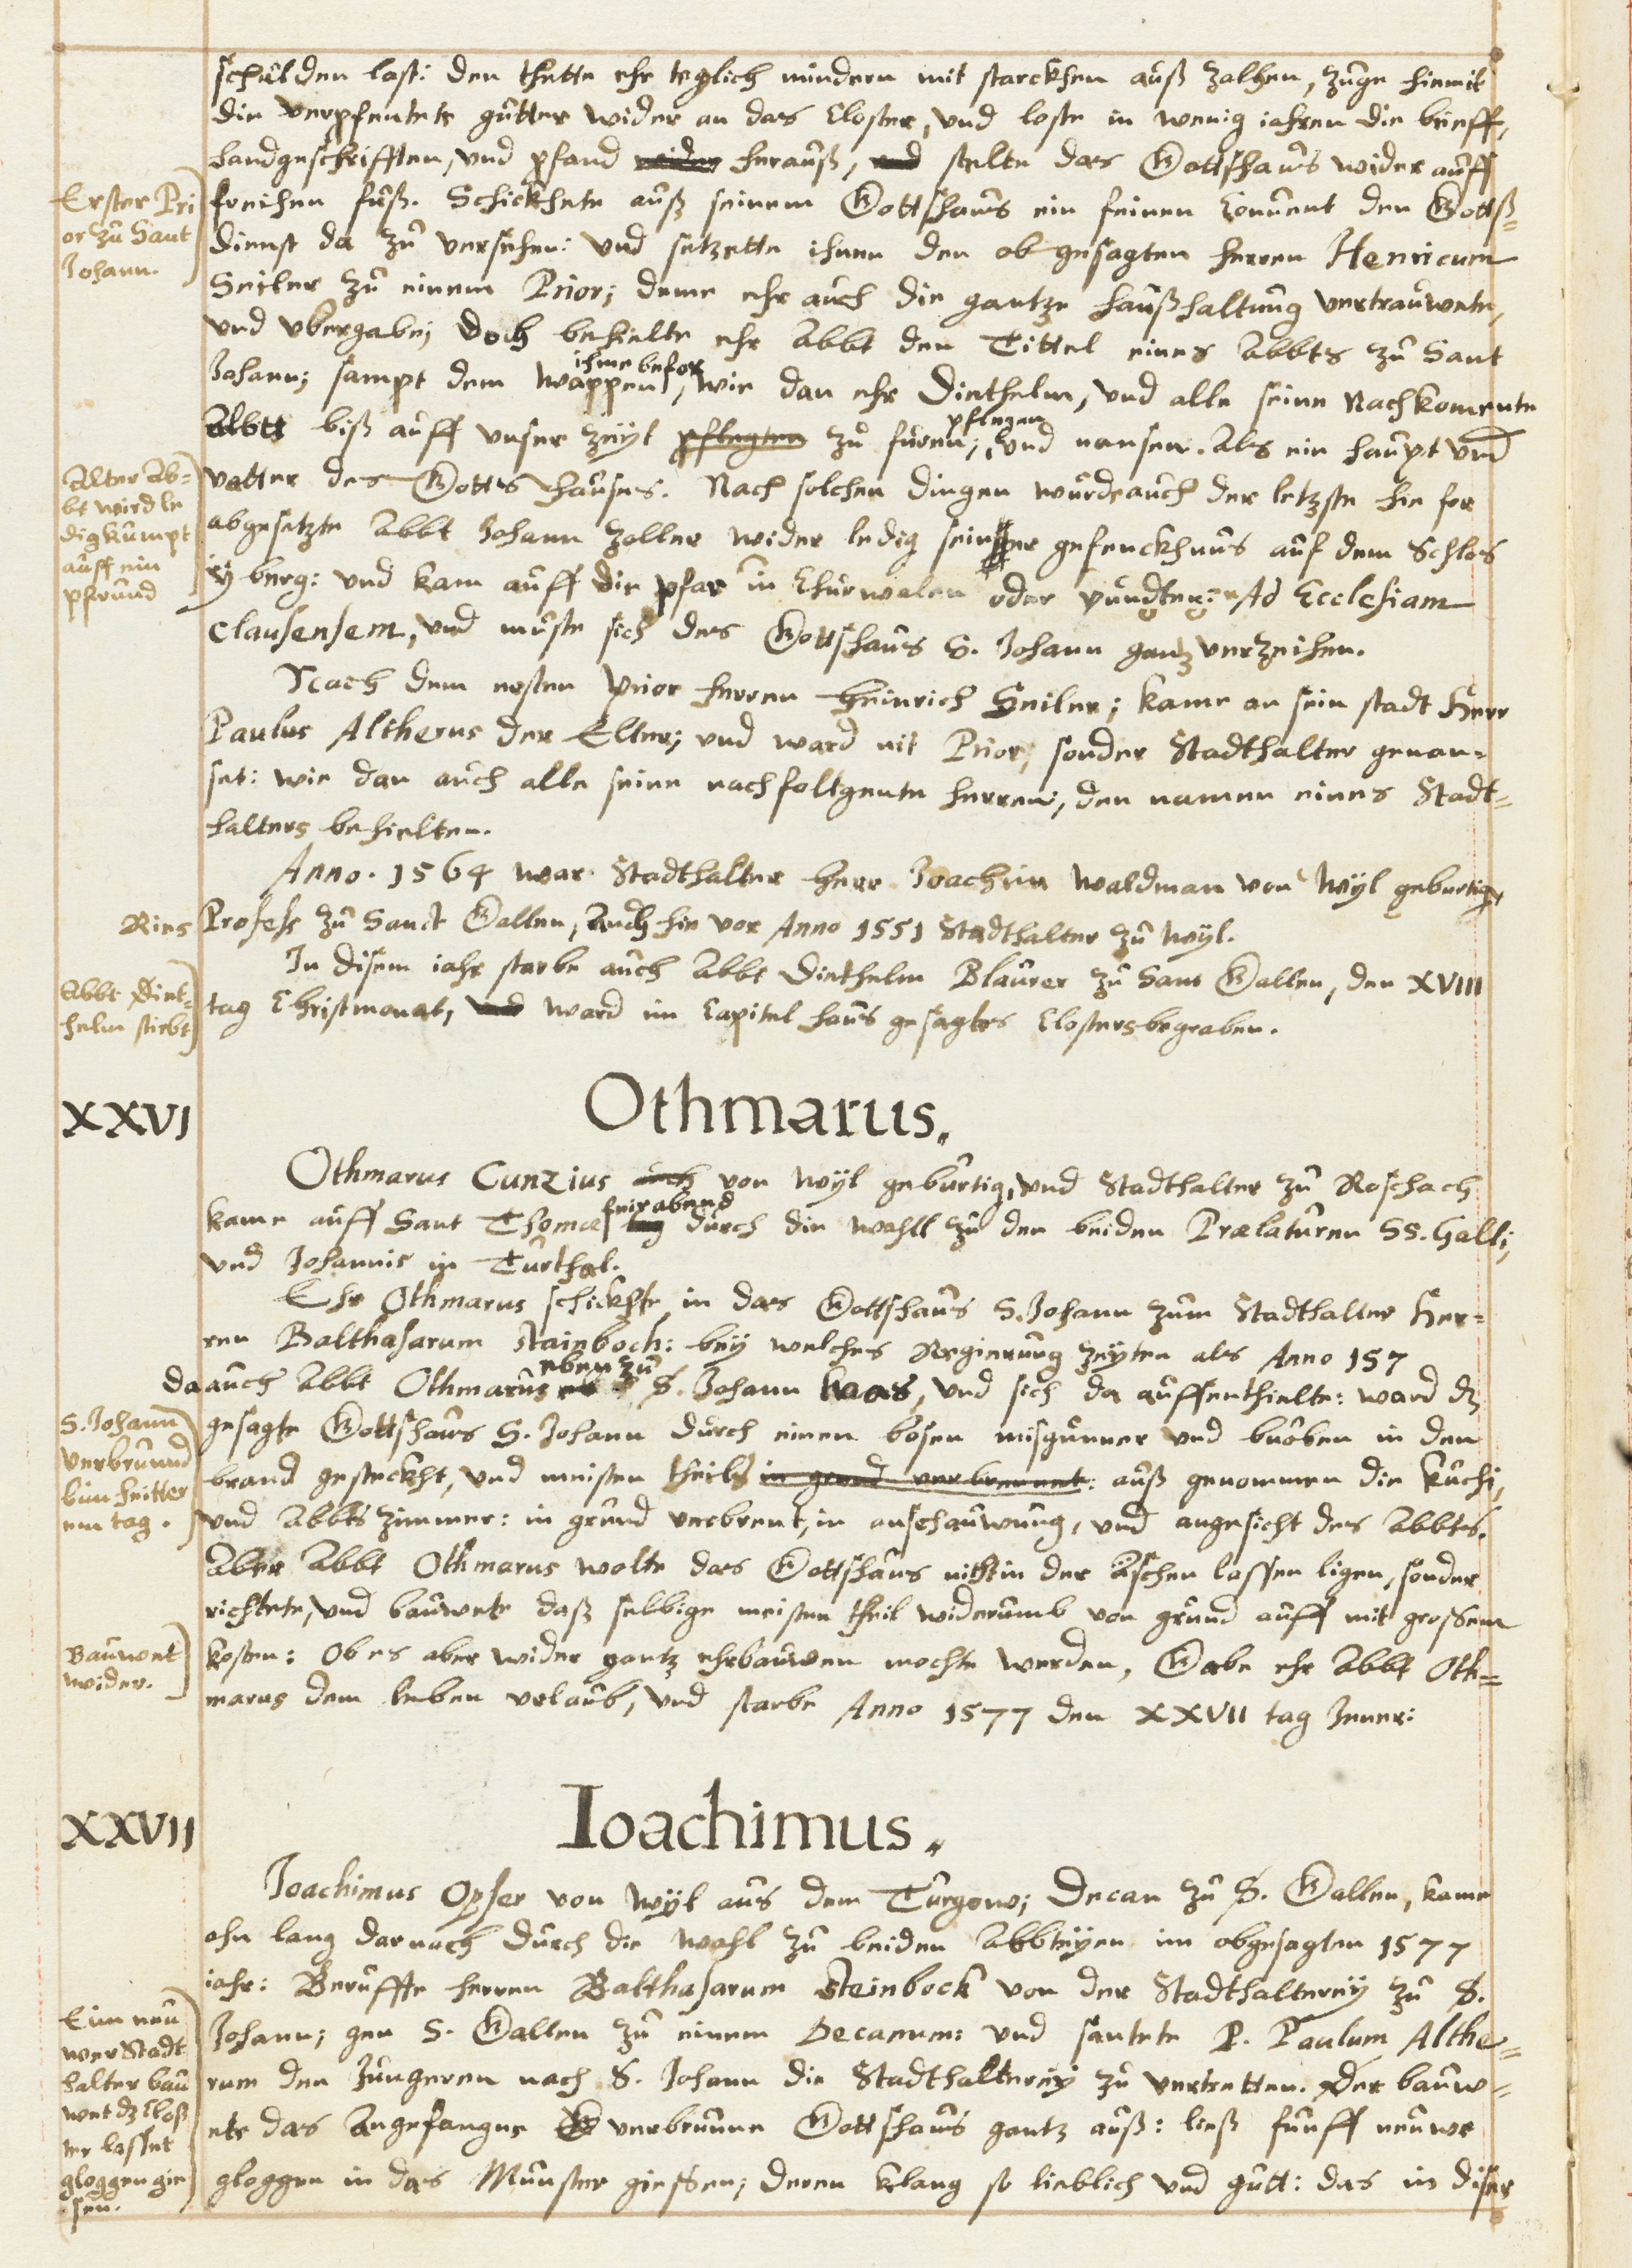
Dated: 1630–1680